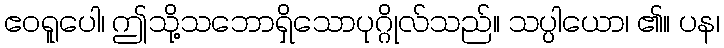
ဧဝရူပေါ၊ ဤသို့သဘောရှိသောပုဂ္ဂိုလ်သည်။ သပ္ပါယော၊ ၏။ ပန၊